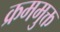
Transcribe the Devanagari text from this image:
क्रममुक्त